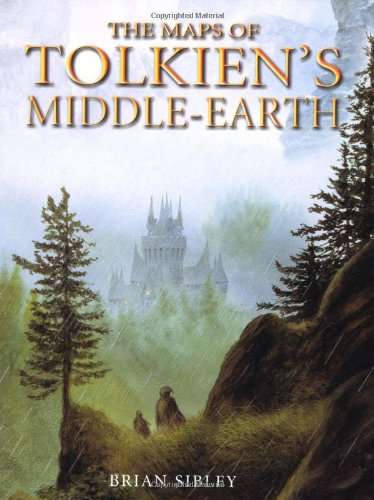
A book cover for The Maps of Tolkien's Middle-earth; Brian Sibley; Science Fiction & Fantasy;